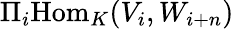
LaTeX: \Pi_{i}{\mathrm{Hom}}_{K}(V_{i},W_{i+n})